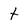
Character: t